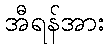
အီရန်အား